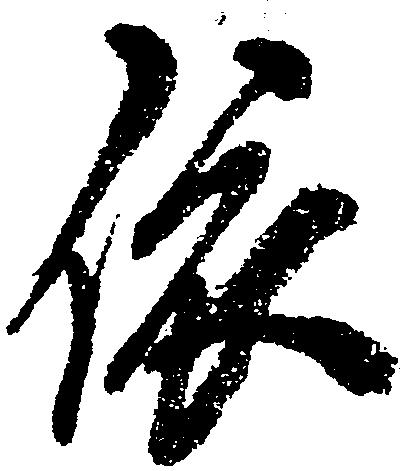
依